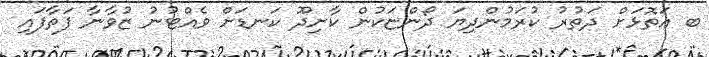
ބ އަތޮޅަށް ދަތުރު ކުރަމުންދިޔަ ދޯންޏަކުން ކާށިދޫ ކަނޑަށް ވެއްޓުނު ޒުވާނާ ފަތާފައި